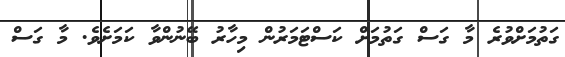
ގަތުމަށްވުރެ މާ ގަސް ގަތުމަށް ކަސްޓަމަރުން މިހާރު ބޭނުންވާ ކަމަށެވެ. މާ ގަސް